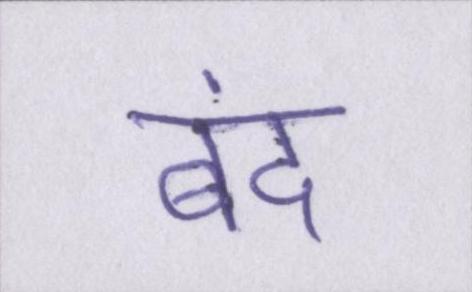
बंद